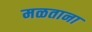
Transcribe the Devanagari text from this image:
मळताना